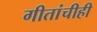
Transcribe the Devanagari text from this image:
गीतांचीही